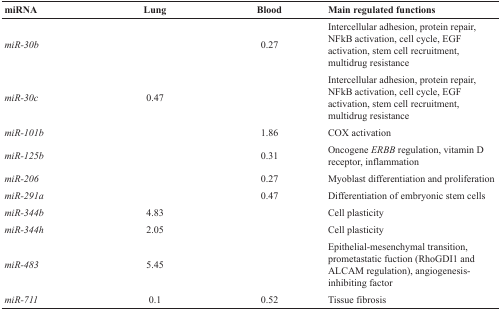
<table><thead><tr><td><b>miRNA</b></td><td><b>Lung</b></td><td><b>Blood</b></td><td><b>Main regulated functions</b></td></tr></thead><tbody><tr><td><i>miR-30b</i></td><td></td><td>0.27</td><td>Intercellular adhesion, protein repair, NFkB activation, cell cycle, EGF activation, stem cell recruitment, multidrug resistance</td></tr><tr><td><i>miR-30c</i></td><td>0.47</td><td></td><td>Intercellular adhesion, protein repair, NFkB activation, cell cycle, EGF activation, stem cell recruitment, multidrug resistance</td></tr><tr><td><i>miR-101b</i></td><td></td><td>1.86</td><td>COX activation</td></tr><tr><td><i>miR-125b</i></td><td></td><td>0.31</td><td>Oncogene <i>ERBB</i> regulation, vitamin D receptor, inflammation</td></tr><tr><td><i>miR-206</i></td><td></td><td>0.27</td><td>Myoblast differentiation and proliferation</td></tr><tr><td><i>miR-291a</i></td><td></td><td>0.47</td><td>Differentiation of embryonic stem cells</td></tr><tr><td><i>miR-344b</i></td><td>4.83</td><td></td><td>Cell plasticity</td></tr><tr><td><i>miR-344h</i></td><td>2.05</td><td></td><td>Cell plasticity</td></tr><tr><td><i>miR-483</i></td><td>5.45</td><td></td><td>Epithelial-mesenchymal transition, prometastatic fuction (RhoGDI1 and ALCAM regulation), angiogenesis-inhibiting factor</td></tr><tr><td><i>miR-711</i></td><td>0.1</td><td>0.52</td><td>Tissue fibrosis</td></tr></tbody></table>